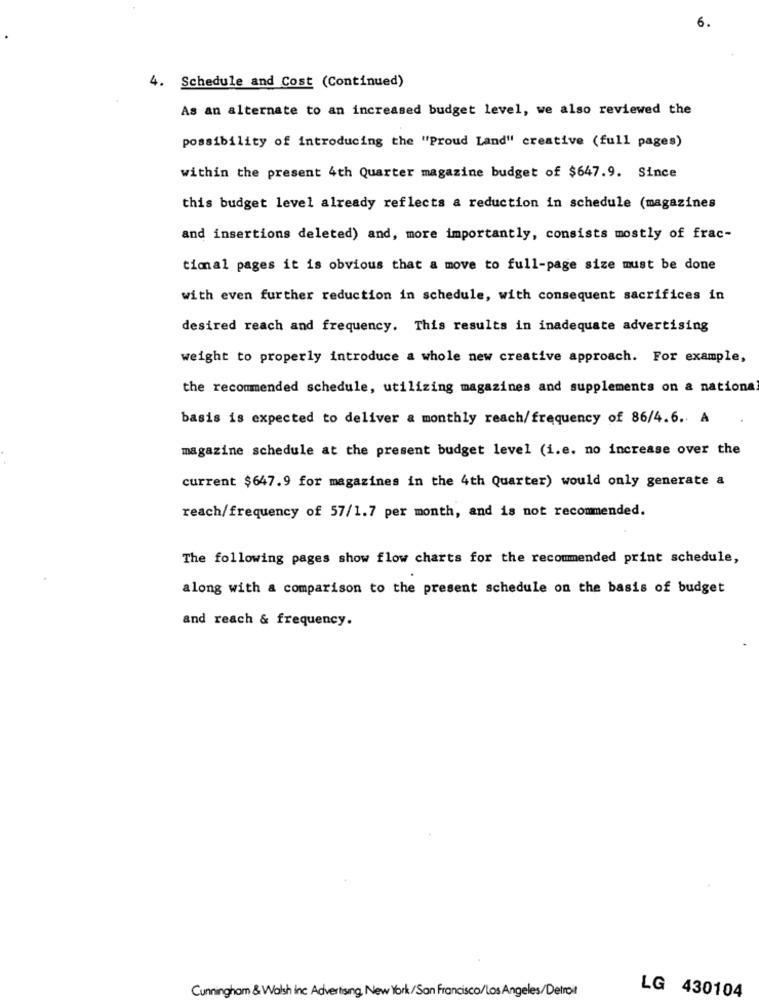
6.
4. Schedule and Cost (Continued)
As an alternate to an increased budget level, we also reviewed the
possibility of introducing the "Proud Land" creative (full pages)
within the present 4th Quarter magazine budget of $647.9. Since
this budget level already reflects a reduction in schedule (magazines
and insertions deleted) and, more importantly, consists mostly of frac-
tical pages it is obvious that a move to full-page size must be done
with even further reduction in schedule, with consequent sacrifices in
desired reach and frequency. This results in inadequate advertising
weight to properly introduce a whole new creative approach. For example,
the recommended schedule, utilizing magazines and supplements on a nationa
basis is expected to deliver a monthly reach/frequency of 86/4.6. A
magazine schedule at the present budget level (i.e. no increase over the
current $647.9 for magazines in the 4th Quarter) would only generate a
reach/frequency of 57/1.7 per month, and is not recommended.
The following pages show flow charts for the recommended print schedule,
along with a comparison to the present schedule on the basis of budget
and reach & frequency.
Cunningham & Walsh inc Advertising New York/San Francisco/Los Angeles/Detroit
LG 430104